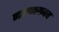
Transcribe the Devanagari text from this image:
गरुणकवच